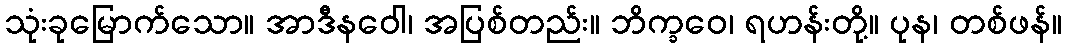
သုံးခုမြောက်သော။ အာဒီနဝေါ၊ အပြစ်တည်း။ ဘိက္ခဝေ၊ ရဟန်းတို့။ ပုန၊ တစ်ဖန်။